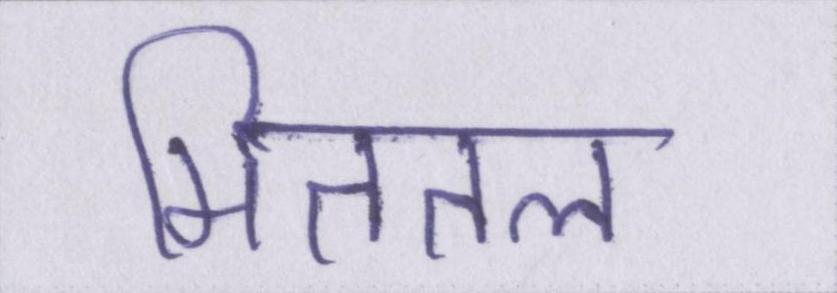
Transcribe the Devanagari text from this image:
मिततल